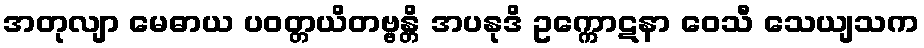
အတုလျာ မေဓာယ ပဝတ္တယိတဗ္ဗန္တိ အပနုဒိ ဥက္ကောဋနာ ဝေသီ သေယျသက